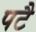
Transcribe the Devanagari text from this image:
पटै